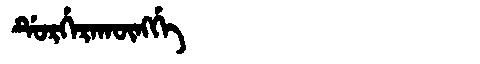
Manchu: ᡩᡠᡵᡤᡝᡵᠠᡴᡡᠩᡤᡝ
Romanization: DURGERAKŪNGGE